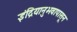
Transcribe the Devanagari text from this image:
इंद्रियानुभवापासून